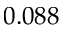
0 . 0 8 8